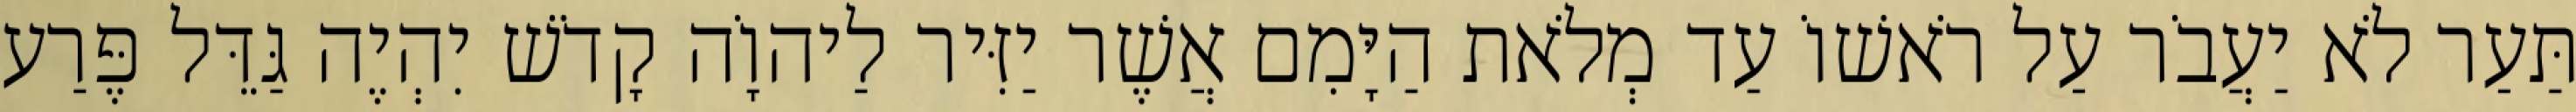
תַּעַר לֹא יַעֲבֹר עַל רֹאשׁוֹ עַד מְלֹאת הַיָּמִם אֲשֶׁר יַזִּיר לַיהוָֹה קָדֹשׁ יִהְיֶה גַּדֵּל פֶּרַע